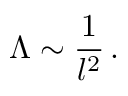
\Lambda \sim \frac { 1 } { l ^ { 2 } } \, .